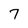
Character: 7